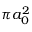
\pi a _ { 0 } ^ { 2 }